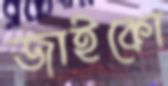
জাইকো